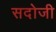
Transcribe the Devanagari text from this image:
सदोजी